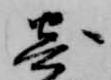
寄